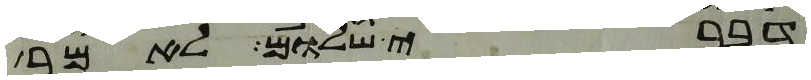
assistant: דברי שלום לאמר